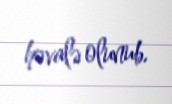
həvalə olunub.